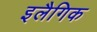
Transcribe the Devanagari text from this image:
इलैगिक